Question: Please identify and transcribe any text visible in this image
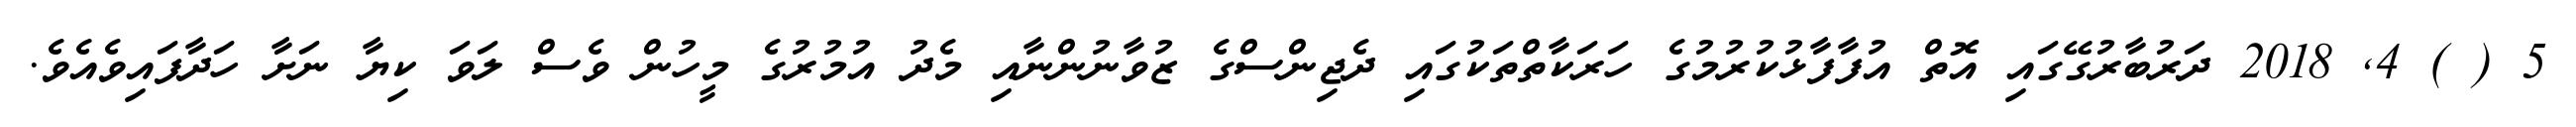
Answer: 5 ( ) 4, 2018 ދަރުބާރުގޭގައި އޮތް އުފާފާޅުކުރުމުގެ ހަރަކާތްތަކުގައި ދެޖިންސްގެ ޒުވާނުންނާއި މެދު އުމުރުގެ މީހުން ވެސް ލަވަ ކިޔާ ނަށާ ހަދާފައިވެއެވެ.